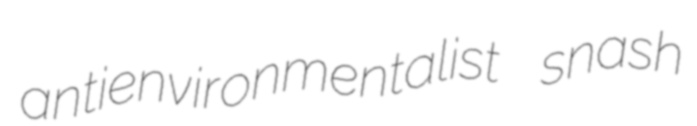
antienvironmentalist snash